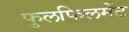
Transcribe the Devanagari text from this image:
फुलफिलमेंट